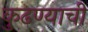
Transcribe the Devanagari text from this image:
कुढण्याची